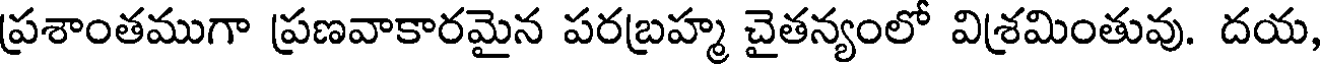
ప్రశాంతముగా ప్రణవాకారమైన పరబ్రహ్మ చైతన్యంలో విశ్రమింతువు. దయ,